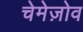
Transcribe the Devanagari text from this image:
चेमेज़ोव